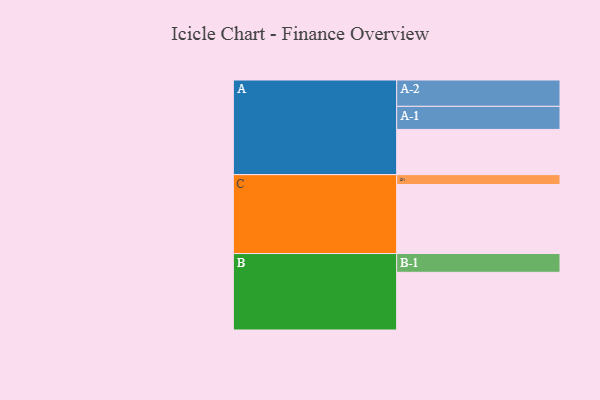
{"axis": {"x": "Segment", "y": "Value"}, "legend": ["", "A", "B", "C"], "data": [{"x": "A", "y": 388, "type": ""}, {"x": "B", "y": 495, "type": ""}, {"x": "C", "y": 592, "type": ""}, {"x": "A-1", "y": 198, "type": "A"}, {"x": "A-2", "y": 226, "type": "A"}, {"x": "B-1", "y": 161, "type": "B"}, {"x": "C-1", "y": 85, "type": "C"}]}